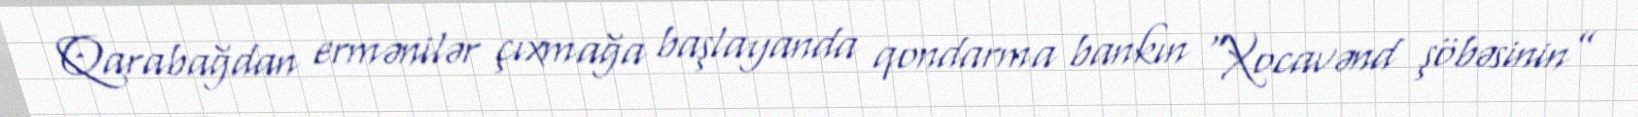
Qarabağdan ermənilər çıxmağa başlayanda qondarma bankın "Xocavənd şöbəsinin”